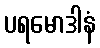
ပရမောဒါနံ